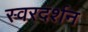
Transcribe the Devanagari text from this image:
स्वरदर्शन